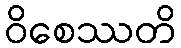
ဝိစေဿတိ